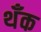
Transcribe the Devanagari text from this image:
थँक